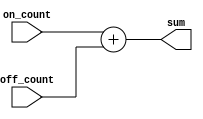
//SumFrequency.v
// Developed by Jesus Adrian Guerra with help from Rhyan Johnson and Jeneane Amin
//Sums on and off counts


module SumFrequency(
    
    input [19:0] on_count,
    input [19:0] off_count,
    output [19:0]sum
);
 assign sum = on_count + off_count;

 endmodule